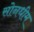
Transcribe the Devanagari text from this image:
सोनधीम